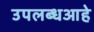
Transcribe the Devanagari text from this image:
उपलब्धआहे